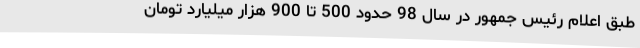
طبق اعلام رئیس جمهور در سال 98 حدود 500 تا 900 هزار میلیارد تومان